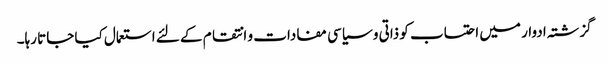
گزشتہ ادوار میں احتساب کو ذاتی و سیاسی مفادات و انتقام کے لئے استعمال کیا جاتا رہا۔